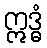
ဣဒ္ဓံ